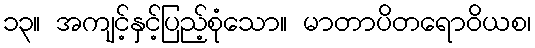
၁၃။ အကျင့်နှင့်ပြည့်စုံသော။ မာတာပိတရောဝိယစ၊